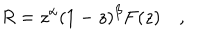
R = z ^ { \alpha } ( 1 - z ) ^ { \beta } F ( z ) \quad ,